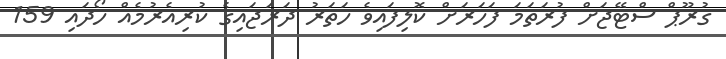
ގުރޫޕް ސްޓޭޖަށް ފުރަތަމަ ފަހަރަށް ކޮލިފައިވެ ހަތަރު ދަރަޖައިގެ ކުރިއެރުމެއް ހޯދައި 159